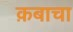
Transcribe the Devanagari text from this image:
क़बाचा